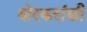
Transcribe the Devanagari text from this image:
बोरकरांशी